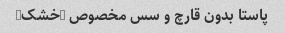
پاستا بدون قارچ و سس مخصوص (خشک)